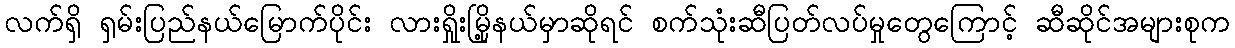
လက်ရှိ ရှမ်းပြည်နယ်မြောက်ပိုင်း လားရှိုးမြို့နယ်မှာဆိုရင် စက်သုံးဆီပြတ်လပ်မှုတွေကြောင့် ဆီဆိုင်အများစုက